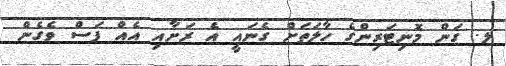
ލ. ގަން މޮނިޓަރިންގެ ހާލަތަށް ގެނައީ އެ ރަށާއި އެއް ފަސް ވެގެން